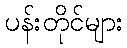
ပန်းတိုင်များ